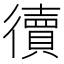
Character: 𢖏